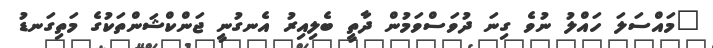
"މައްސަލަ ހައްލު ނުވެ ގިނަ ދުވަސްވަމުން ދާތީ ބެލިއިރު އެނގުނީ ޖަންކްޝަންތަކުގެ މަތިގަނޑު